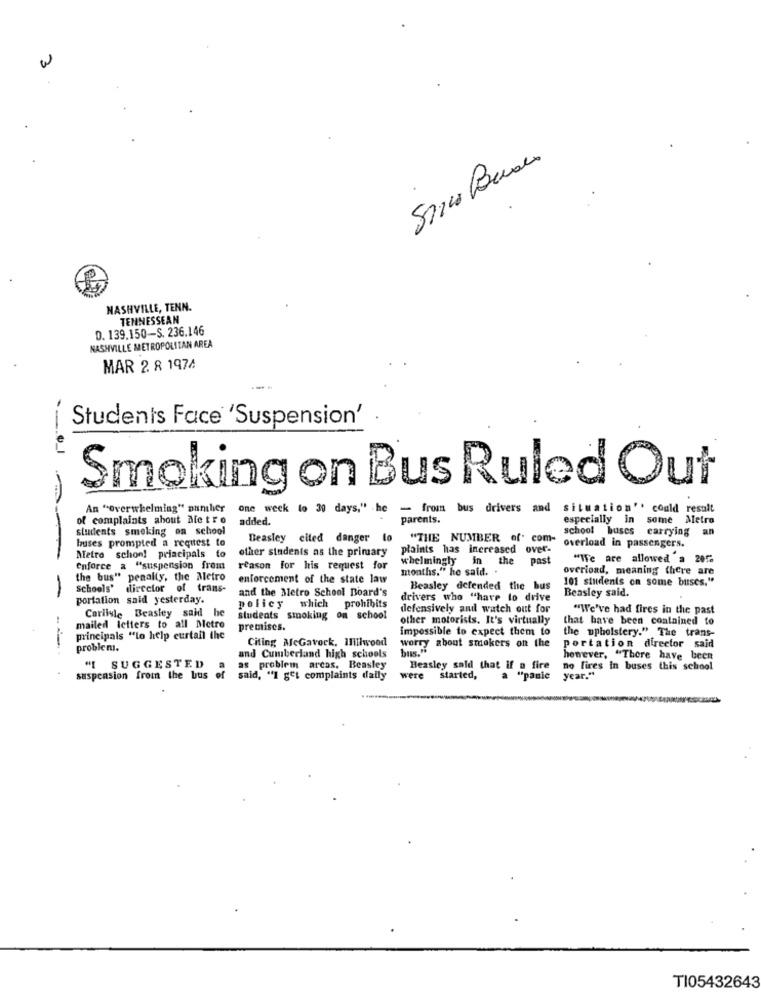
w
NASHVILLE, TENN.
TENNESSEAN
D. 139.150-S. 236.146
NASHVILLE METROPOLITAN AREA
MAR 2 8 1974
Students Face 'Suspension'
Smoking on Bus Ruled Out
An "overwhelming" Danshver
one week to 30 days," he
- from bus drivers and
situation'' could result
of complaints about Die tro
added.
parents.
especially in some Metro
students smoking on school
school buses carrying an
buses prompted a request to
Beasley cited danger lo
"THE NUMBER of. com-
other students as the primary
plaints has increased over-
overload in passengers.
Metro schon! principals to
whelmingly
in
the
past
"We are allowed a 205
enforce a "suspension from
reason for his request for
months." he said.
overload, meaning there are
the bus" penalty, the Metro
enforcement of the state law
101 students on some buses."
Schools' director of trans-
and the Metro School Board's
Beasley defended the bus
Beasley said.
- - 0 -
portation said yesterday.
drivers who "have to drive
Carlisle Beasley said he
policy which prohibits
defensively and watch out for
"We've had fires in the past
students smoking on school
other motorists. It's virtually
that have been contained to
mailed letters to all Dietro
premises.
Impossible to expect them to
the upholstery." The trans-
principals "lo help curtail the
Citing MeGavock, IHIhwood
worry about smokers on the
portation director said
problem.
bus."
and Cumberland high schools
however, "There have been
"I SUGGESTED
as problem arcas. Beasley
Beasley said that if a fire
no fires in buses this school
suspension from the bus of
said, "I get complaints daily
were
started,
"panic
year."
TI05432643